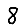
Digit: 8